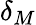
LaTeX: \delta_{M}